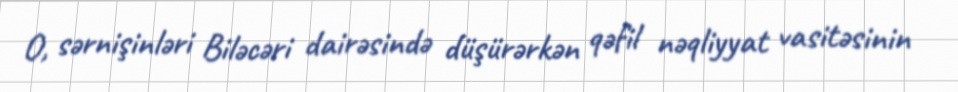
O, sərnişinləri Biləcəri dairəsində düşürərkən qəfil nəqliyyat vasitəsinin